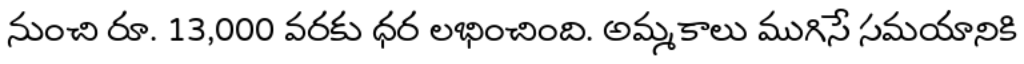
నుంచి రూ. 13,000 వరకు ధర లభించింది. అమ్మకాలు ముగిసే సమయానికి